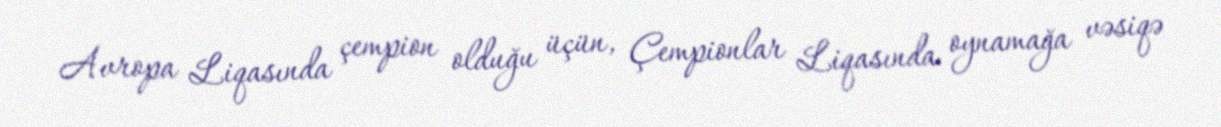
Avropa Liqasında çempion olduğu üçün, Çempionlar Liqasında oynamağa vəsiqə